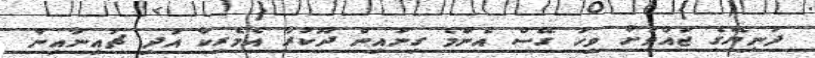
ދުނިޔޭގެ ޖައްވަށް ވިހަ ގޭސް އެންމެ ގިނައިން ދޫކުރާ އެމެރިކާ އަދި ޗައިނާއިން